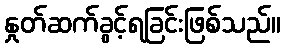
နှုတ်ဆက်ခွင့်ရခြင်းဖြစ်သည်။